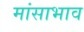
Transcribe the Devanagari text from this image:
मांसाभाव